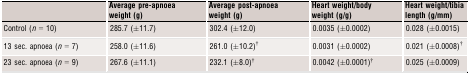
|  | Average pre‐apnoea weight (g) | Average post‐apnoea weight (g) | Heart weight/body weight (g/g) | Heart weight/tibia length (g/mm) |
 | --- | --- | --- | --- | --- |
 | Control (n = 10) | 285.7 (±11.7) | 302.4 (±12.0) | 0.0035 (±0.0002) | 0.028 (±0.0015) |
 | 13 sec. apnoea (n = 7) | 258.0 (±11.6) | 261.0 (±10.2)a | 0.0031 (±0.0002) | 0.021 (±0.0008)a |
 | 23 sec. apnoea (n = 9) | 267.6 (±11.1) | 232.1 (±8.0)a | 0.0042 (±0.0001)a | 0.025 (±0.0009) |